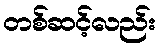
တစ်ဆင့်လည်း